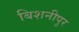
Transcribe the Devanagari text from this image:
बिशनीपुर